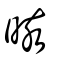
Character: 晐